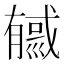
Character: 㦽